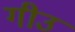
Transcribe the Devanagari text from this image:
गीउ